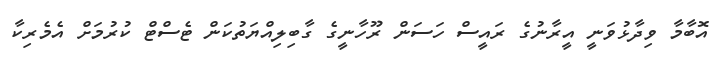
އޮބާމާ ވިދާޅުވަނީ އީރާނުގެ ރައީސް ހަސަން ރޫހާނީގެ ގާބިލިއްޔަތުކަން ޓެސްޓް ކުރުމަށް އެމެރިކާ